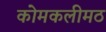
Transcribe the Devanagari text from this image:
कोमकलीमठ